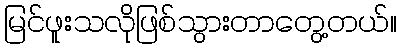
မြင်ဖူးသလိုဖြစ်သွားတာတွေ့တယ်။